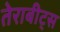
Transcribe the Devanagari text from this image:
तेराबीट्स